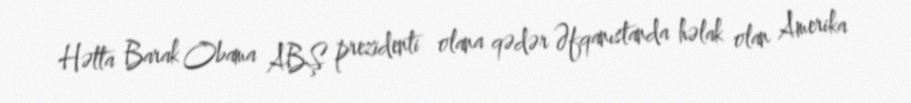
Hətta Barak Obama ABŞ prezidenti olana qədər Əfqanıstanda həlak olan Amerika